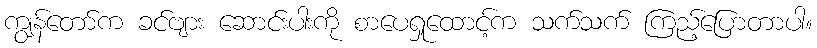
ကျွန်တော်က ခင်ဗျား ဆောင်းပါးကို စာပေရှုထောင့်က သက်သက် ကြည့်ပြောတာပါ။